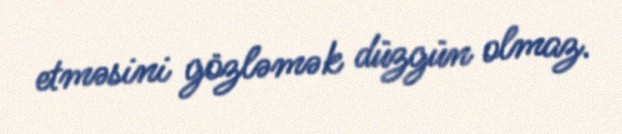
etməsini gözləmək düzgün olmaz.